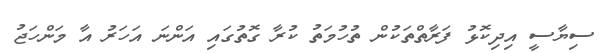
ސިޔާސީ އިދިކޮޅު ފަރާތްތަކުން ތުހުމަތު ކުރާ ގޮތުގައި އަންނަ އަހަރު އާ މަންހަޖު